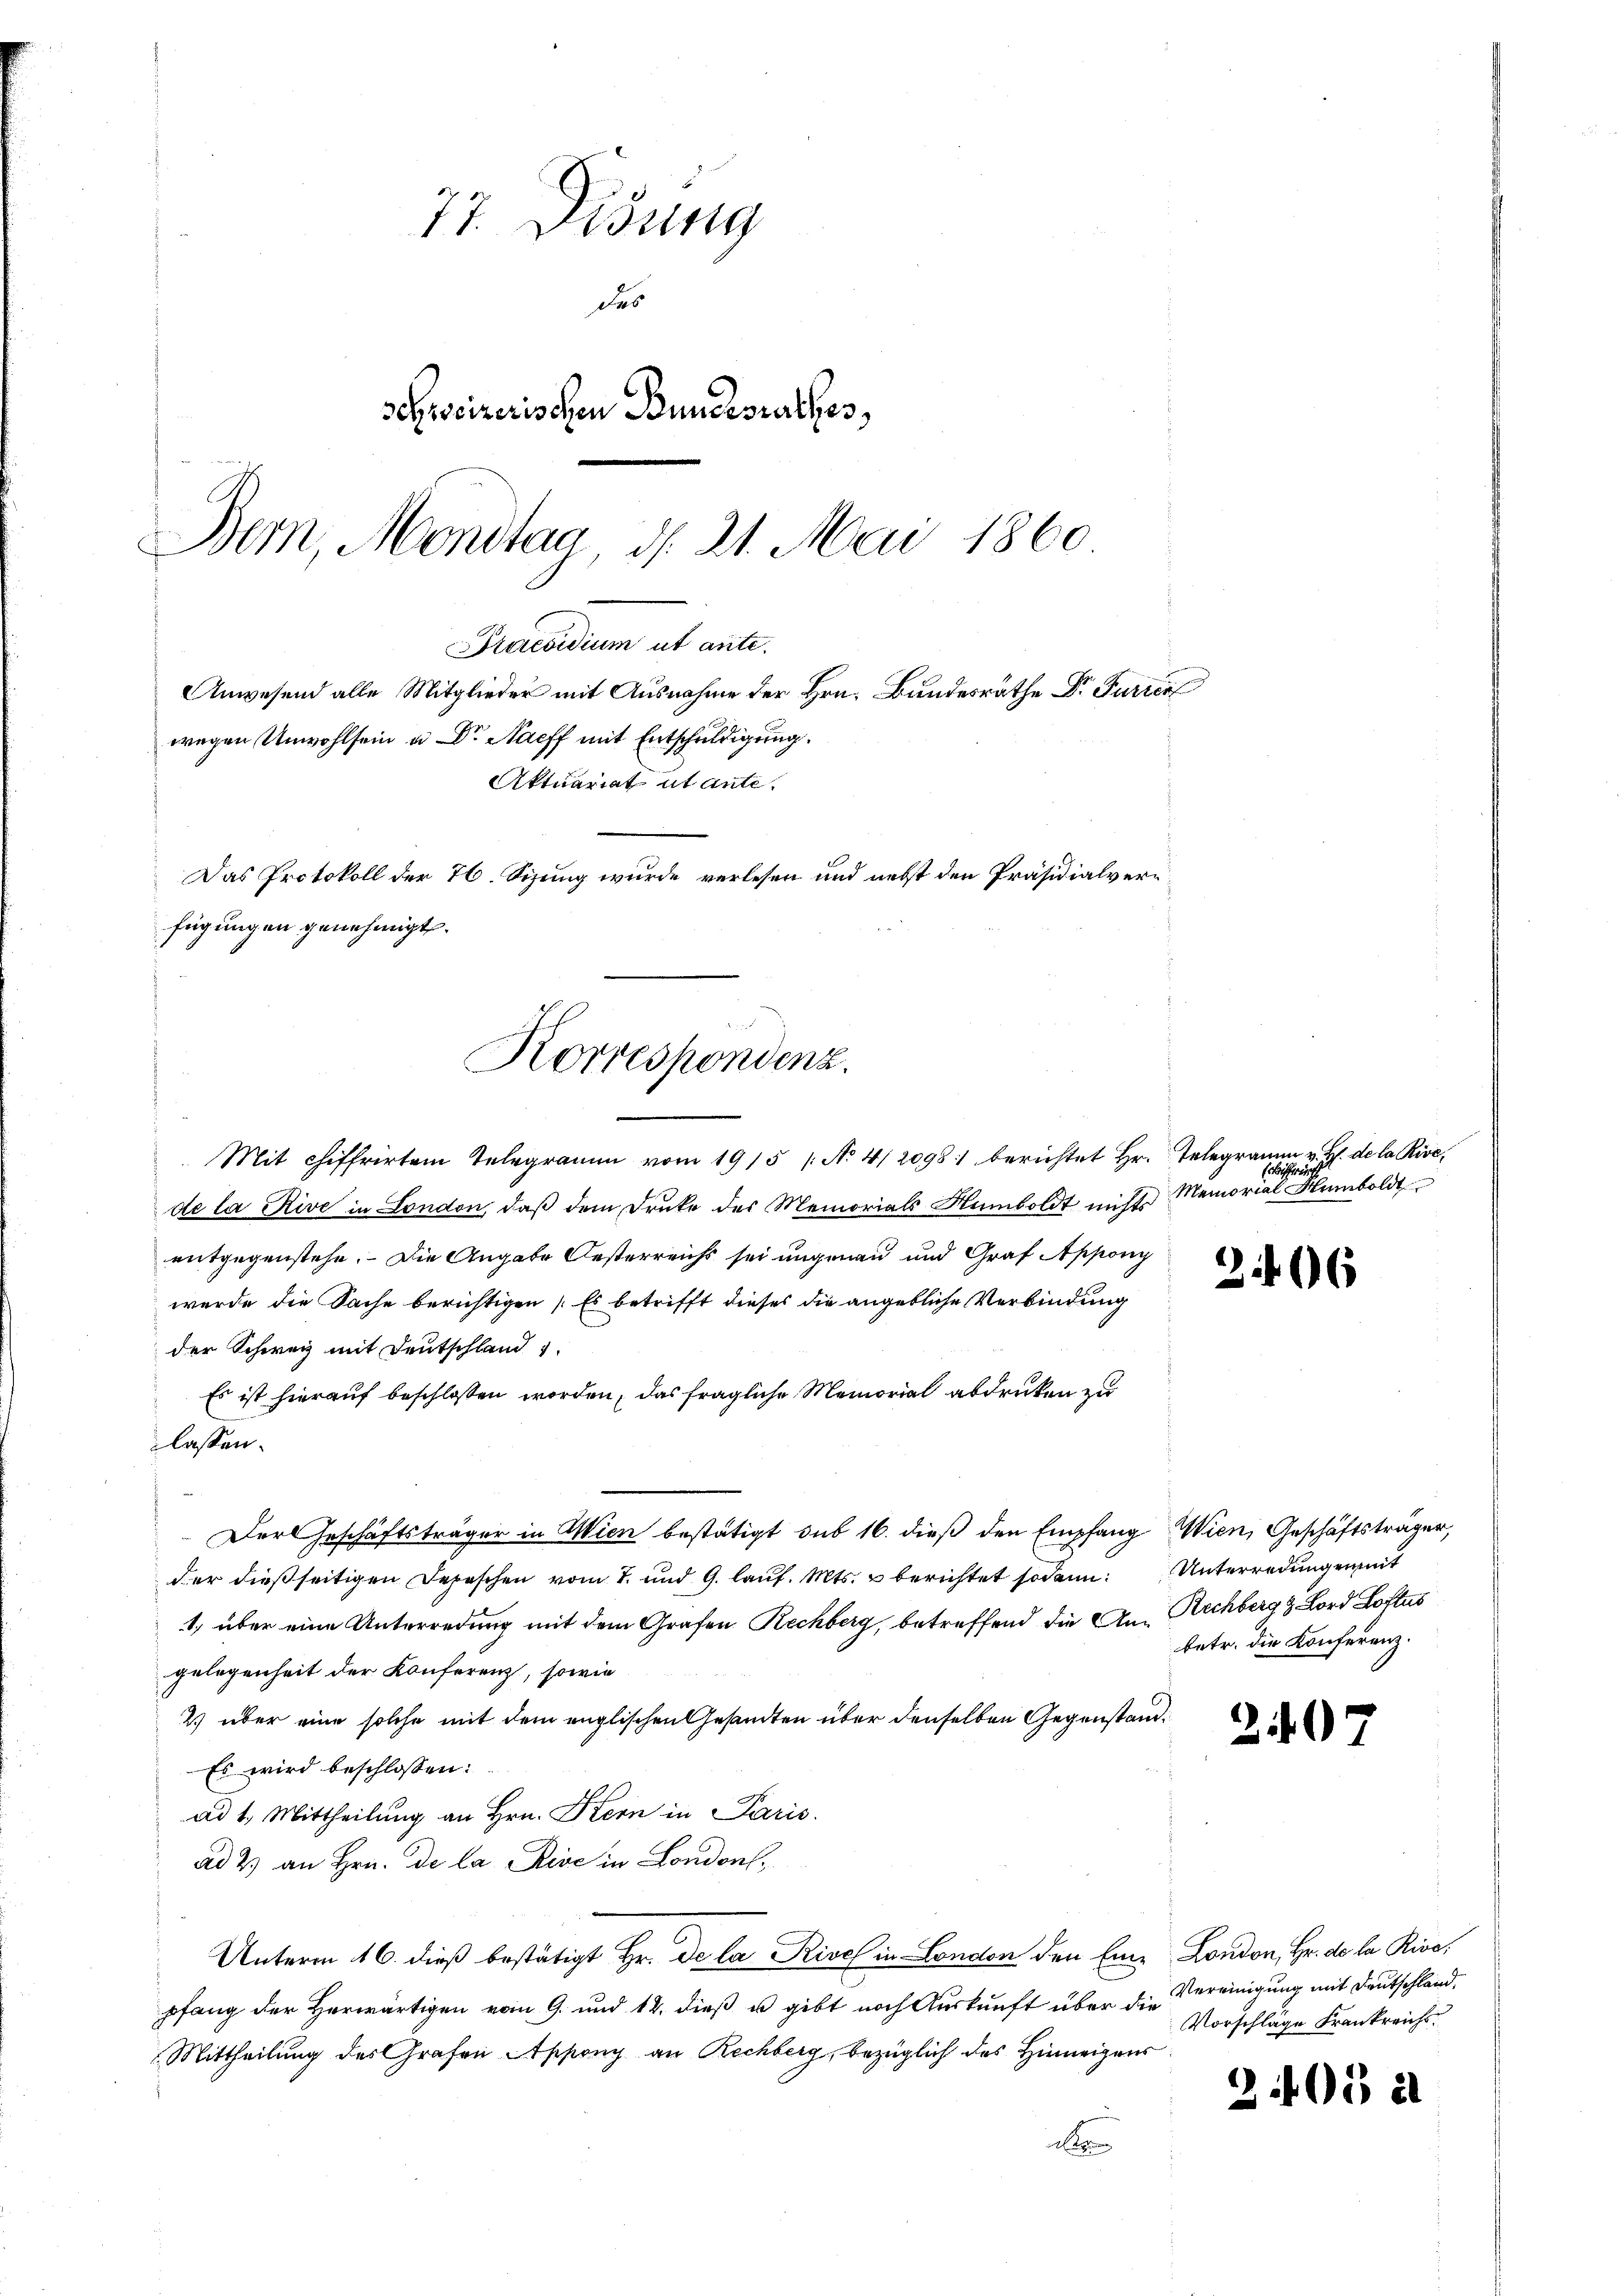
77. Didung
das
Schweizerischen Bundesrathes,
Bem, Mondtag d. 21. Mai 1860

Praesidium ut ante.
Anwesend alle Mitglieder mit Ausnahme der Hrn. Bandesrathe Dr. Furrer
wegen Unwohlsein u Dr. Nacff mit Entschuldigung.
Aktuariat ab ante.
Das Protokoll der 76. Sizung wurde verlesen und nebst den Präsidialverfügungen genehmigt.
Korrespondenz.

Mit chiffrirten Telegramm vom 1915 /: No 4/20981 berichtet Hr.
de la Rive in London, daß dem Druke des Memorials Numboldt nichts
entgegenstehe. Die Angabe Oesterreichs sei ungenau und Graf Appony
wurde die Sache berichtigen (Es betrifft dieses die angebliche Verbindung
der Schweiz mit Deutschland 1
Es ist hierauf beschlossen worden, das fragliche Memorial abdrucken zu
lassen.
Der Geschäftsträger in Wien bestätigt sub 16. dieß den Empfang
der dießseitigen Depeschen vom 7. und 9. lauf. Mts. u berichtet sodann:
1., über eine Unterredung mit dem Grafen Rechberg, betreffend die Angelegenheit der Konferenz, sowie
2) über eine solche mit dem englischen Gesandten über denselben Gegenstand¬
Es wird beschlossen:
ad 1. Mittheilung an Hrn. Kern in Paris.
ad 2) an Hrn. de la Rive in London,
Unterm 16. dieß bestätigt Hr. de la Rives in London den Eine London, Hr. de la Rive,
pfang der Herwärtigen vom 9. und 12. dieß u gibt noch Auskunft über die
Mittheilung des Grafen Appony an Rechberg, bezüglich des Hinweigens
2

Telegramm v. H. de la Rive,
Bisfrei
Memorial Humboldt

266

Wien, Geschäftsträger,
Unterredungen mit
Rechberg & Lord Lottes
betr. die Konferenz.

240

Vereinigung mit Deutschland,
Vorschläge Frankreichs

2405